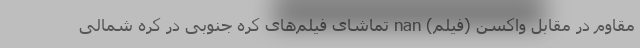
مقاوم در مقابل واکسن (فیلم) nan تماشای فیلم‌های کره جنوبی در کره شمالی